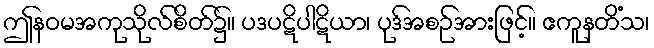
ဤနဝမအကုသိုလ်စိတ်၌။ ပဒပဋိပါဋိယာ၊ ပုဒ်အစဉ်အားဖြင့်။ ဧကူနတိံသ၊